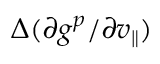
\Delta ( \partial g ^ { p } / \partial v _ { \parallel } )